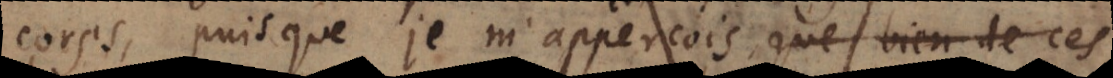
corps, puisque je m’apperçois, que bien de ces